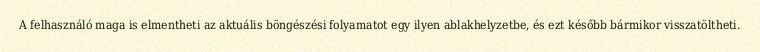
A felhasználó maga is elmentheti az aktuális böngészési folyamatot egy ilyen ablakhelyzetbe, és ezt később bármikor visszatöltheti.